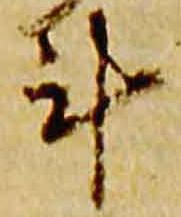
計